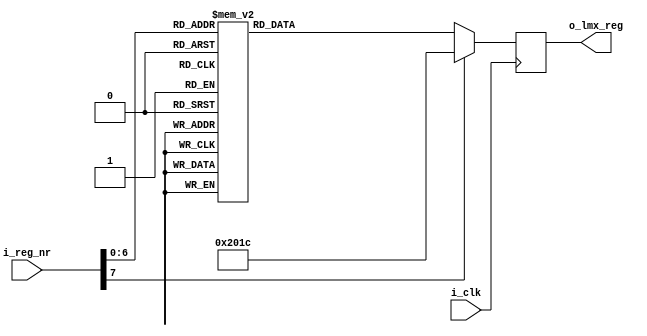
`timescale 1ns / 1ps
//////////////////////////////////////////////////////////////////////////////////
// Company: 
// Engineer: 
// 
// Design Name: 
// Module Name: memory_lo1
// Project Name: 
// Target Devices: 
// Tool Versions: 
// Description: 
// 
// Dependencies: 
// 
// Revision:
// Revision 0.01 - File Created
// Additional Comments:
// 
//////////////////////////////////////////////////////////////////////////////////


module memory_lo1(
    input  i_clk,
    input [7:0] i_reg_nr,
    output reg [23:0] o_lmx_reg
);


    always @(posedge i_clk) begin
        case (i_reg_nr)
                8'b00000000 : o_lmx_reg = 24'h7D2288;
                8'b00000001 : o_lmx_reg = 24'h7C0000;
                8'b00000010 : o_lmx_reg = 24'h7B0000;
                8'b00000011 : o_lmx_reg = 24'h7A0000;
                8'b00000100 : o_lmx_reg = 24'h790000;
                8'b00000101 : o_lmx_reg = 24'h780000;
                8'b00000110 : o_lmx_reg = 24'h770000;
                8'b00000111 : o_lmx_reg = 24'h760000;
                8'b00001000 : o_lmx_reg = 24'h750000;
                8'b00001001 : o_lmx_reg = 24'h740000;
                8'b00001010 : o_lmx_reg = 24'h730000;
                8'b00001011 : o_lmx_reg = 24'h727802;
                8'b00001100 : o_lmx_reg = 24'h710000;
                8'b00001101 : o_lmx_reg = 24'h700000;
                8'b00001110 : o_lmx_reg = 24'h6F0000;
                8'b00001111 : o_lmx_reg = 24'h6E0000;
                8'b00010000 : o_lmx_reg = 24'h6D0000;
                8'b00010001 : o_lmx_reg = 24'h6C0000;
                8'b00010010 : o_lmx_reg = 24'h6B0000;
                8'b00010011 : o_lmx_reg = 24'h6A0007;
                8'b00010100 : o_lmx_reg = 24'h694440;
                8'b00010101 : o_lmx_reg = 24'h6803E8;
                8'b00010110 : o_lmx_reg = 24'h670000;
                8'b00010111 : o_lmx_reg = 24'h660000;
                8'b00011000 : o_lmx_reg = 24'h650000;
                8'b00011001 : o_lmx_reg = 24'h6403E8;
                8'b00011010 : o_lmx_reg = 24'h63B852;
                8'b00011011 : o_lmx_reg = 24'h620078;
                8'b00011100 : o_lmx_reg = 24'h610000;
                8'b00011101 : o_lmx_reg = 24'h600000;
                8'b00011110 : o_lmx_reg = 24'h5F0000;
                8'b00011111 : o_lmx_reg = 24'h5E0000;
                8'b00100000 : o_lmx_reg = 24'h5D0000;
                8'b00100001 : o_lmx_reg = 24'h5C0000;
                8'b00100010 : o_lmx_reg = 24'h5B0000;
                8'b00100011 : o_lmx_reg = 24'h5A0000;
                8'b00100100 : o_lmx_reg = 24'h590000;
                8'b00100101 : o_lmx_reg = 24'h580000;
                8'b00100110 : o_lmx_reg = 24'h570000;
                8'b00100111 : o_lmx_reg = 24'h560001;
                8'b00101000 : o_lmx_reg = 24'h550000;
                8'b00101001 : o_lmx_reg = 24'h540001;
                8'b00101010 : o_lmx_reg = 24'h53FFFF;
                8'b00101011 : o_lmx_reg = 24'h52FFFF;
                8'b00101100 : o_lmx_reg = 24'h510000;
                8'b00101101 : o_lmx_reg = 24'h500000;
                8'b00101110 : o_lmx_reg = 24'h4F0300;
                8'b00101111 : o_lmx_reg = 24'h4E0001;
                8'b00110000 : o_lmx_reg = 24'h4D0000;
                8'b00110001 : o_lmx_reg = 24'h4C000C;
                8'b00110010 : o_lmx_reg = 24'h4B08C0;
                8'b00110011 : o_lmx_reg = 24'h4A0000;
                8'b00110100 : o_lmx_reg = 24'h49003F;
                8'b00110101 : o_lmx_reg = 24'h480001;
                8'b00110110 : o_lmx_reg = 24'h470081;
                8'b00110111 : o_lmx_reg = 24'h46C350;
                8'b00111000 : o_lmx_reg = 24'h450000;
                8'b00111001 : o_lmx_reg = 24'h4403E8;
                8'b00111010 : o_lmx_reg = 24'h430000;
                8'b00111011 : o_lmx_reg = 24'h4201F4;
                8'b00111100 : o_lmx_reg = 24'h410000;
                8'b00111101 : o_lmx_reg = 24'h401388;
                8'b00111110 : o_lmx_reg = 24'h3F0000;
                8'b00111111 : o_lmx_reg = 24'h3E00AF;
                8'b01000000 : o_lmx_reg = 24'h3D00A8;
                8'b01000001 : o_lmx_reg = 24'h3C03E8;
                8'b01000010 : o_lmx_reg = 24'h3B0001;
                8'b01000011 : o_lmx_reg = 24'h3A9001;
                8'b01000100 : o_lmx_reg = 24'h390020;
                8'b01000101 : o_lmx_reg = 24'h380000;
                8'b01000110 : o_lmx_reg = 24'h370000;
                8'b01000111 : o_lmx_reg = 24'h360000;
                8'b01001000 : o_lmx_reg = 24'h350000;
                8'b01001001 : o_lmx_reg = 24'h340421;
                8'b01001010 : o_lmx_reg = 24'h330080;
                8'b01001011 : o_lmx_reg = 24'h320080;
                8'b01001100 : o_lmx_reg = 24'h314180;
                8'b01001101 : o_lmx_reg = 24'h3003E0;
                8'b01001110 : o_lmx_reg = 24'h2F0300;
                8'b01001111 : o_lmx_reg = 24'h2E07F0;
                8'b01010000 : o_lmx_reg = 24'h2DC61F;
                8'b01010001 : o_lmx_reg = 24'h2C1F23;
                8'b01010010 : o_lmx_reg = 24'h2B0000;
                8'b01010011 : o_lmx_reg = 24'h2A0000;
                8'b01010100 : o_lmx_reg = 24'h290000;
                8'b01010101 : o_lmx_reg = 24'h280000;
                8'b01010110 : o_lmx_reg = 24'h2703E8;
                8'b01010111 : o_lmx_reg = 24'h260000;
                8'b01011000 : o_lmx_reg = 24'h250205;
                8'b01011001 : o_lmx_reg = 24'h240190;
                8'b01011010 : o_lmx_reg = 24'h230004;
                8'b01011011 : o_lmx_reg = 24'h220010;
                8'b01011100 : o_lmx_reg = 24'h211E01;
                8'b01011101 : o_lmx_reg = 24'h2005BF;
                8'b01011110 : o_lmx_reg = 24'h1FC3E6;
                8'b01011111 : o_lmx_reg = 24'h1E18A6;
                8'b01100000 : o_lmx_reg = 24'h1D0000;
                8'b01100001 : o_lmx_reg = 24'h1C0488;
                8'b01100010 : o_lmx_reg = 24'h1B0002;
                8'b01100011 : o_lmx_reg = 24'h1A0808;
                8'b01100100 : o_lmx_reg = 24'h190624;
                8'b01100101 : o_lmx_reg = 24'h18071A;
                8'b01100110 : o_lmx_reg = 24'h17007C;
                8'b01100111 : o_lmx_reg = 24'h160001;
                8'b01101000 : o_lmx_reg = 24'h150409;
                8'b01101001 : o_lmx_reg = 24'h144848;
                8'b01101010 : o_lmx_reg = 24'h1327B7;
                8'b01101011 : o_lmx_reg = 24'h120064;
                8'b01101100 : o_lmx_reg = 24'h110096;
                8'b01101101 : o_lmx_reg = 24'h100080;
                8'b01101110 : o_lmx_reg = 24'h0F060E;
                8'b01101111 : o_lmx_reg = 24'h0E1820;
                8'b01110000 : o_lmx_reg = 24'h0D4000;
                8'b01110001 : o_lmx_reg = 24'h0C5001;
                8'b01110010 : o_lmx_reg = 24'h0BB018;
                8'b01110011 : o_lmx_reg = 24'h0A10F8;
                8'b01110100 : o_lmx_reg = 24'h090004;
                8'b01110101 : o_lmx_reg = 24'h082000;
                8'b01110110 : o_lmx_reg = 24'h0700B2;
                8'b01110111 : o_lmx_reg = 24'h06C802;
                8'b01111000 : o_lmx_reg = 24'h0530C8;
                8'b01111001 : o_lmx_reg = 24'h040A43;
                8'b01111010 : o_lmx_reg = 24'h030782;
                8'b01111011 : o_lmx_reg = 24'h020500;
                8'b01111100 : o_lmx_reg = 24'h010808;
                8'b01111101 : o_lmx_reg = 24'h00201C;
            
            default : o_lmx_reg = 24'h00201C; 
        endcase
    end
endmodule